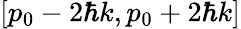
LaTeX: [p_{0}-2\hbar k,p_{0}+2\hbar k]